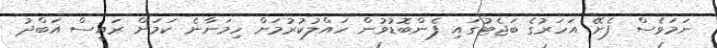
ނަމަވެސް ފެށޭ އަހަރުގެ ބަޖެޓުގައި ފެންބޮޑުވުން ހައްލުކުރުމަށް ހިމަނާނެ ކަމަށް ރައީސް އަބްދު